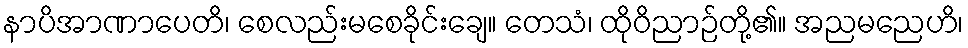
နာပိအာဏာပေတိ၊ စေလည်းမစေခိုင်းချေ။ တေသံ၊ ထိုဝိညာဉ်တို့၏။ အညမညေဟိ၊